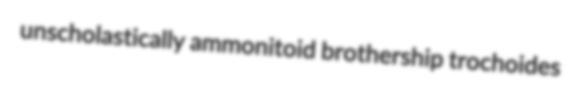
unscholastically ammonitoid brothership trochoides